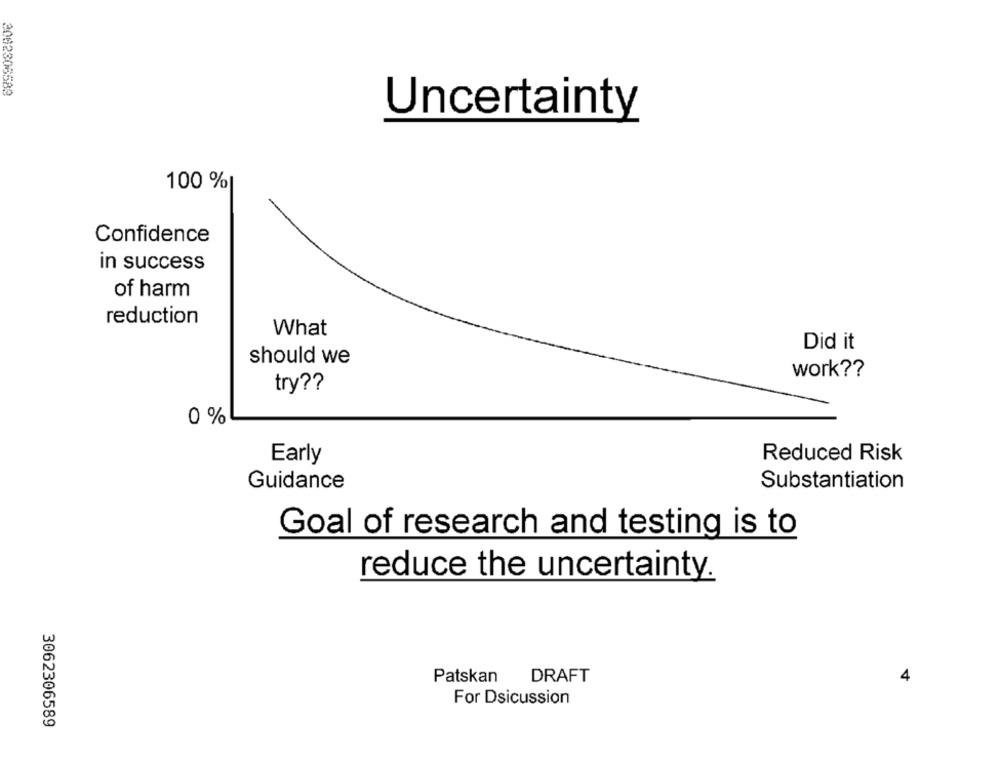
2002306589
Uncertainty
100 %
Confidence
in success
of harm
reduction
What
Did it
should we
work ??
try ??
0 %
Early
Reduced Risk
Guidance
Substantiation
Goal of research and testing is to
reduce the uncertainty.
DRAFT
Patskan
4
For Dsicussion
3062306589